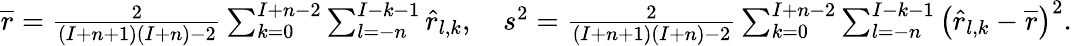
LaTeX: \begin{array}{r}{\overline{{r}}=\frac{2}{(I+n+1)(I+n)-2}\sum_{k=0}^{I+n-2}\sum_{l=-n}^{I-k-1}\widehat r_{l,k},\quad s^{2}=\frac{2}{(I+n+1)(I+n)-2}\sum_{k=0}^{I+n-2}\sum_{l=-n}^{I-k-1}\left(\widehat r_{l,k}-\overline{{r}}\right)^{2}.}\end{array}